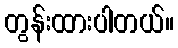
တွန်းထားပါတယ်။